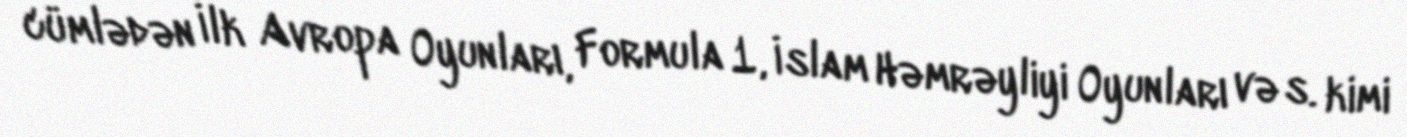
cümlədən İlk Avropa Oyunları, Formula 1, İslam Həmrəyliyi Oyunları və s. kimi